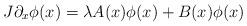
LaTeX: \begin{align*} J\partial_x\phi(x)=\lambda A(x)\phi(x)+B(x)\phi(x) \end{align*}